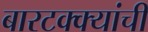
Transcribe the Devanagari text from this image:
बारटक्क्यांची